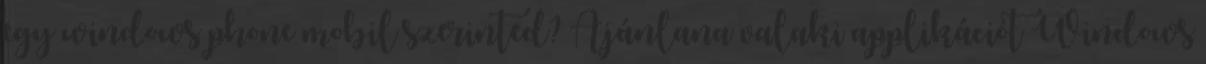
egy windows phone mobil szerinted? Ajánlana valaki applikációt Windows